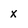
Character: x